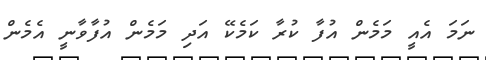
ނަމަ އެއީ މަމެން އުފާ ކުރާ ކަމެކޭ އަދި މަމެން އުފާވާނީ އެމެން